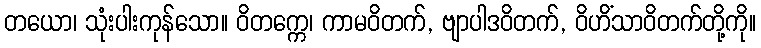
တယော၊ သုံးပါးကုန်သော။ ဝိတက္ကေ၊ ကာမဝိတက်, ဗျာပါဒဝိတက်, ဝိဟိံသာဝိတက်တို့ကို။